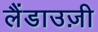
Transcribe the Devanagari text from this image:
लैंडाउज़ी